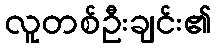
လူတစ်ဦးချင်း၏